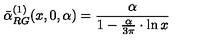
\bar { \alpha } _ { R G } ^ { ( 1 ) } ( x , 0 , \alpha ) = \frac { \alpha } { 1 - \frac { \alpha } { 3 \pi } \cdot \ln x }